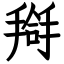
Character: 搿